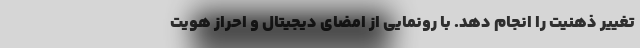
تغییر ذهنیت را انجام دهد. با رونمایی از امضای دیجیتال و احراز هویت